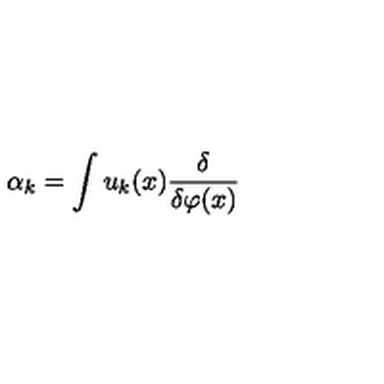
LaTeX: \alpha _ { k } = \int u _ { k } ( x ) { \frac { \delta } { \delta \varphi ( x ) } }